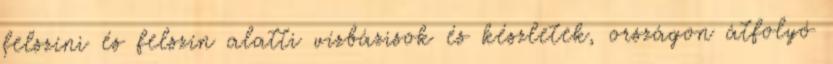
felszíni és felszín alatti vízbázisok és készletek, országon átfolyó